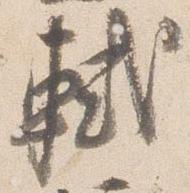
軾